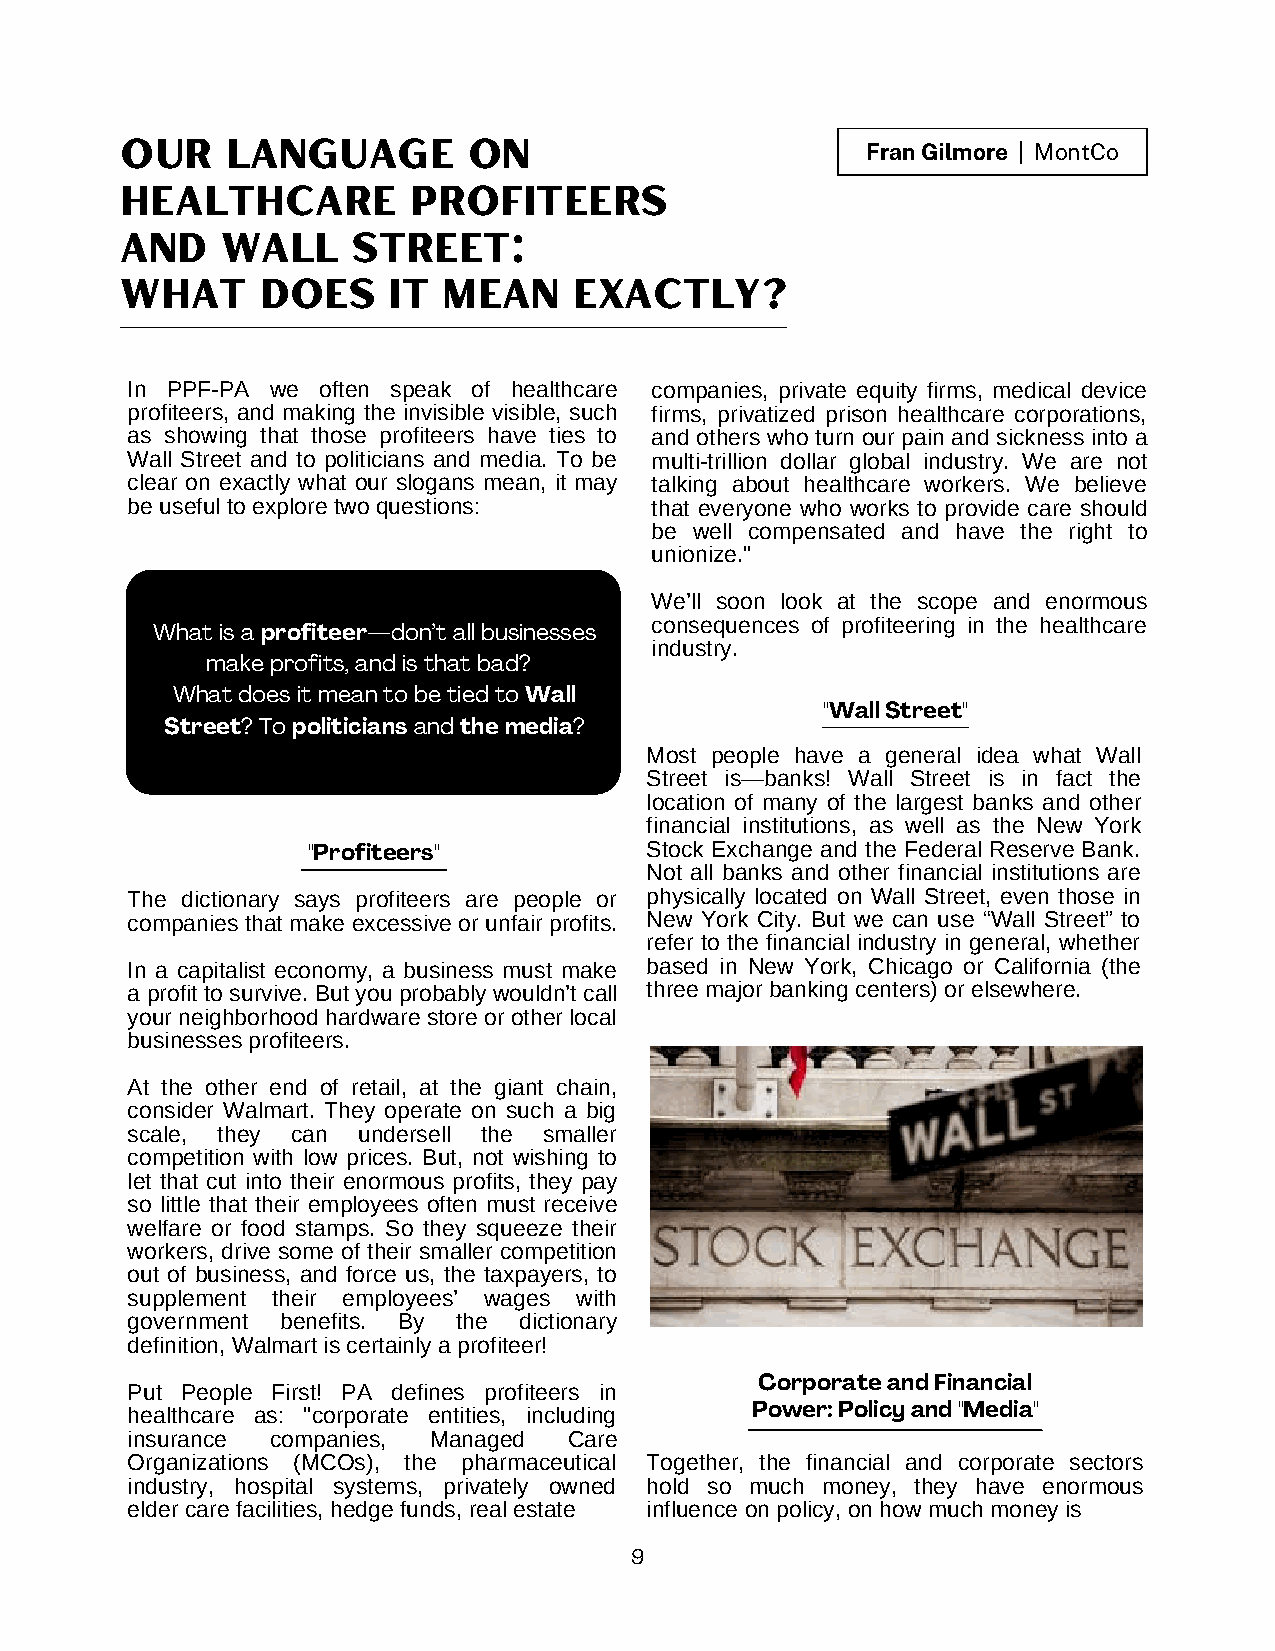
our    language        on                        Fran Gilmore | MontCo
 healthcare         profiteers
 and    wall    street:
 what     does     it mean     exactly?
 In PPF-PA we often speak of healthcare companies, private equity firms, medical device
 profiteers, and making the invisible visible, such firms, privatized prison healthcare corporations,
 as showing that those profiteers have ties to and others who turn our pain and sickness into a
 Wall Street and to politicians and media. To be multi-trillion dollar global industry. We are not
 clear on exactly what our slogans mean, it may talking about healthcare workers. We believe
 be useful to explore two questions: that everyone who works to provide care should
 be well compensated and have the right to
 unionize."
 We’ll soon look at the scope and enormous
 consequences of profiteering in the healthcare
 What is a profiteer—don’t all businesses
 industry.
 make profits, and is that bad?
 What does it mean to be tied to Wall
 "Wall Street"
 Street? To politicians and the media?
 Most people have a general idea what Wall
 Street is—banks! Wall Street is in fact the
 location of many of the largest banks and other
 financial institutions, as well as the New York
 "Profiteers"           Stock Exchange and the Federal Reserve Bank.
 Not all banks and other financial institutions are
 The dictionary says profiteers are people or physically located on Wall Street, even those in
 companies that make excessive or unfair profits. New York City. But we can use “Wall Street” to
 refer to the financial industry in general, whether
 In a capitalist economy, a business must make based in New York, Chicago or California (the
 a profit to survive. But you probably wouldn’t call three major banking centers) or elsewhere.
 your neighborhood hardware store or other local
 businesses profiteers.
 At the other end of retail, at the giant chain,
 consider Walmart. They operate on such a big
 scale, they can undersell the smaller
 competition with low prices. But, not wishing to
 let that cut into their enormous profits, they pay
 so little that their employees often must receive
 welfare or food stamps. So they squeeze their
 workers, drive some of their smaller competition
 out of business, and force us, the taxpayers, to
 supplement their employees’ wages with
 government benefits. By the dictionary
 definition, Walmart is certainly a profiteer!
 Corporate and Financial
 Put People First! PA defines profiteers in
 healthcare as: "corporate entities, including Power: Policy and "Media"
 insurance companies, Managed  Care
 Organizations (MCOs), the pharmaceutical Together, the financial and corporate sectors
 industry, hospital systems, privately owned hold so much money, they have enormous
 elder care facilities, hedge funds, real estate influence on policy, on how much money is
 9